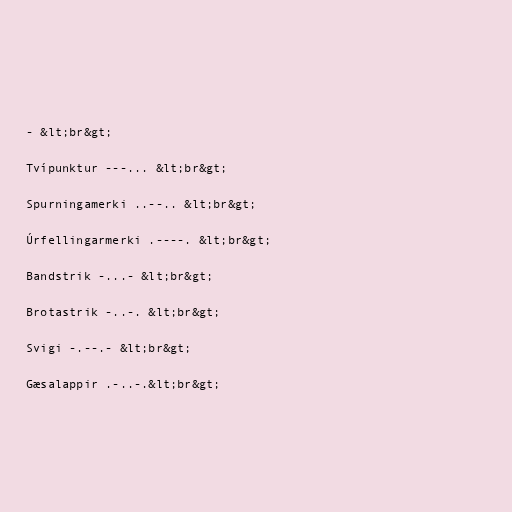
- &lt;br&gt;

Tvípunktur ---... &lt;br&gt;

Spurningamerki ..--.. &lt;br&gt;

Úrfellingarmerki .----. &lt;br&gt;

Bandstrik -...- &lt;br&gt;

Brotastrik -..-. &lt;br&gt;

Svigi -.--.- &lt;br&gt;

Gæsalappir .-..-.&lt;br&gt;